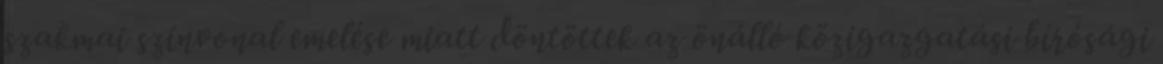
szakmai színvonal emelése miatt döntöttek az önálló közigazgatási bírósági